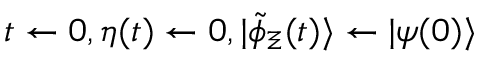
t \gets 0 , \eta ( t ) \gets 0 , | \tilde { \phi } _ { \Xi } ( t ) \rangle \gets | \psi ( 0 ) \rangle